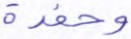
وحفدة